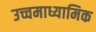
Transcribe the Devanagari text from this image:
उच्चमाध्यामिक